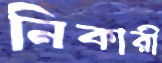
নিকারী